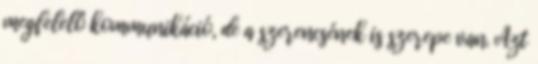
megfelelô kommunikáció, de a szerencsének is szerepe van. Azt